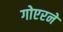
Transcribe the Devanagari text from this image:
गोएरने